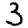
Digit: 3